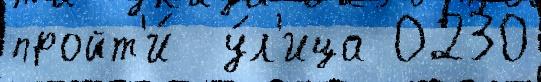
пройт'и́  у́л'ица 0230